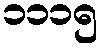
၁၁၁၅